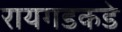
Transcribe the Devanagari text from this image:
रायगडकडे